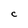
Character: C